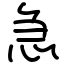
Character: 急